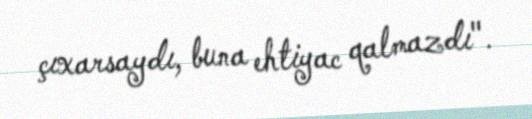
çıxarsaydı, buna ehtiyac qalmazdı".